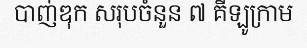
បាញ់ឌុក សរុបចំនួន ៧ គីឡូក្រាម